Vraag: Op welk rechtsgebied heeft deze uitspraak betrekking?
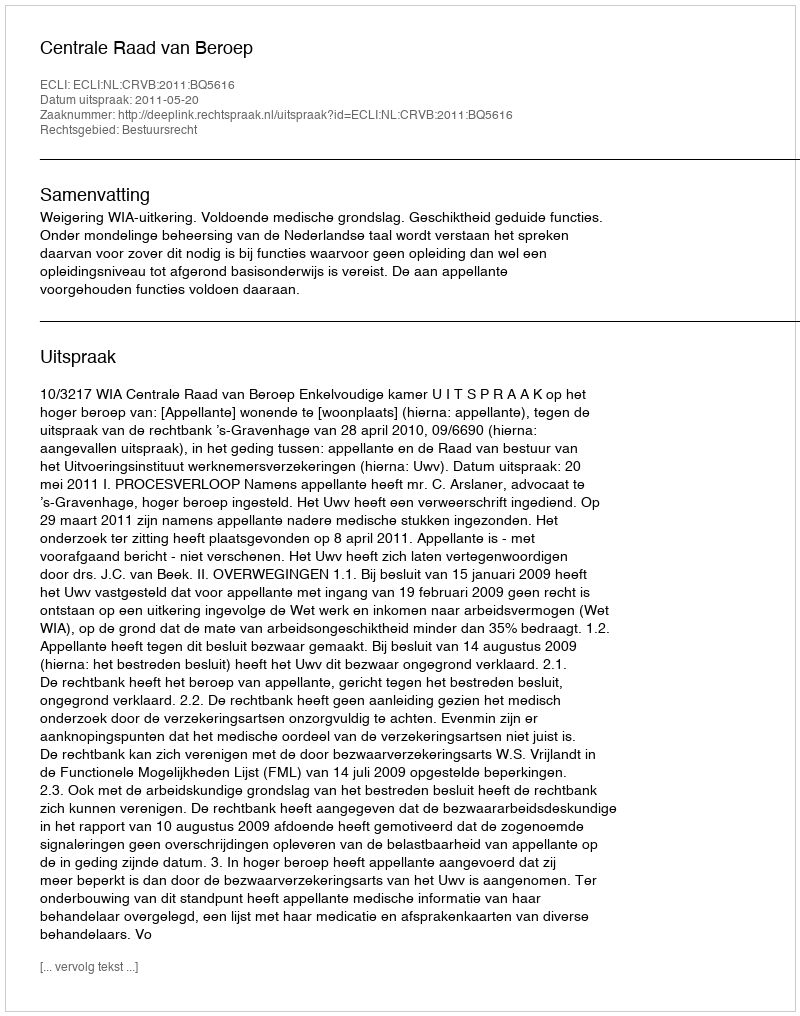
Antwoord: Bestuursrecht